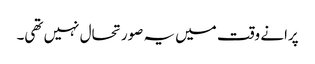
پرانے وقت میں یہ صورتحال نہیں تھی۔